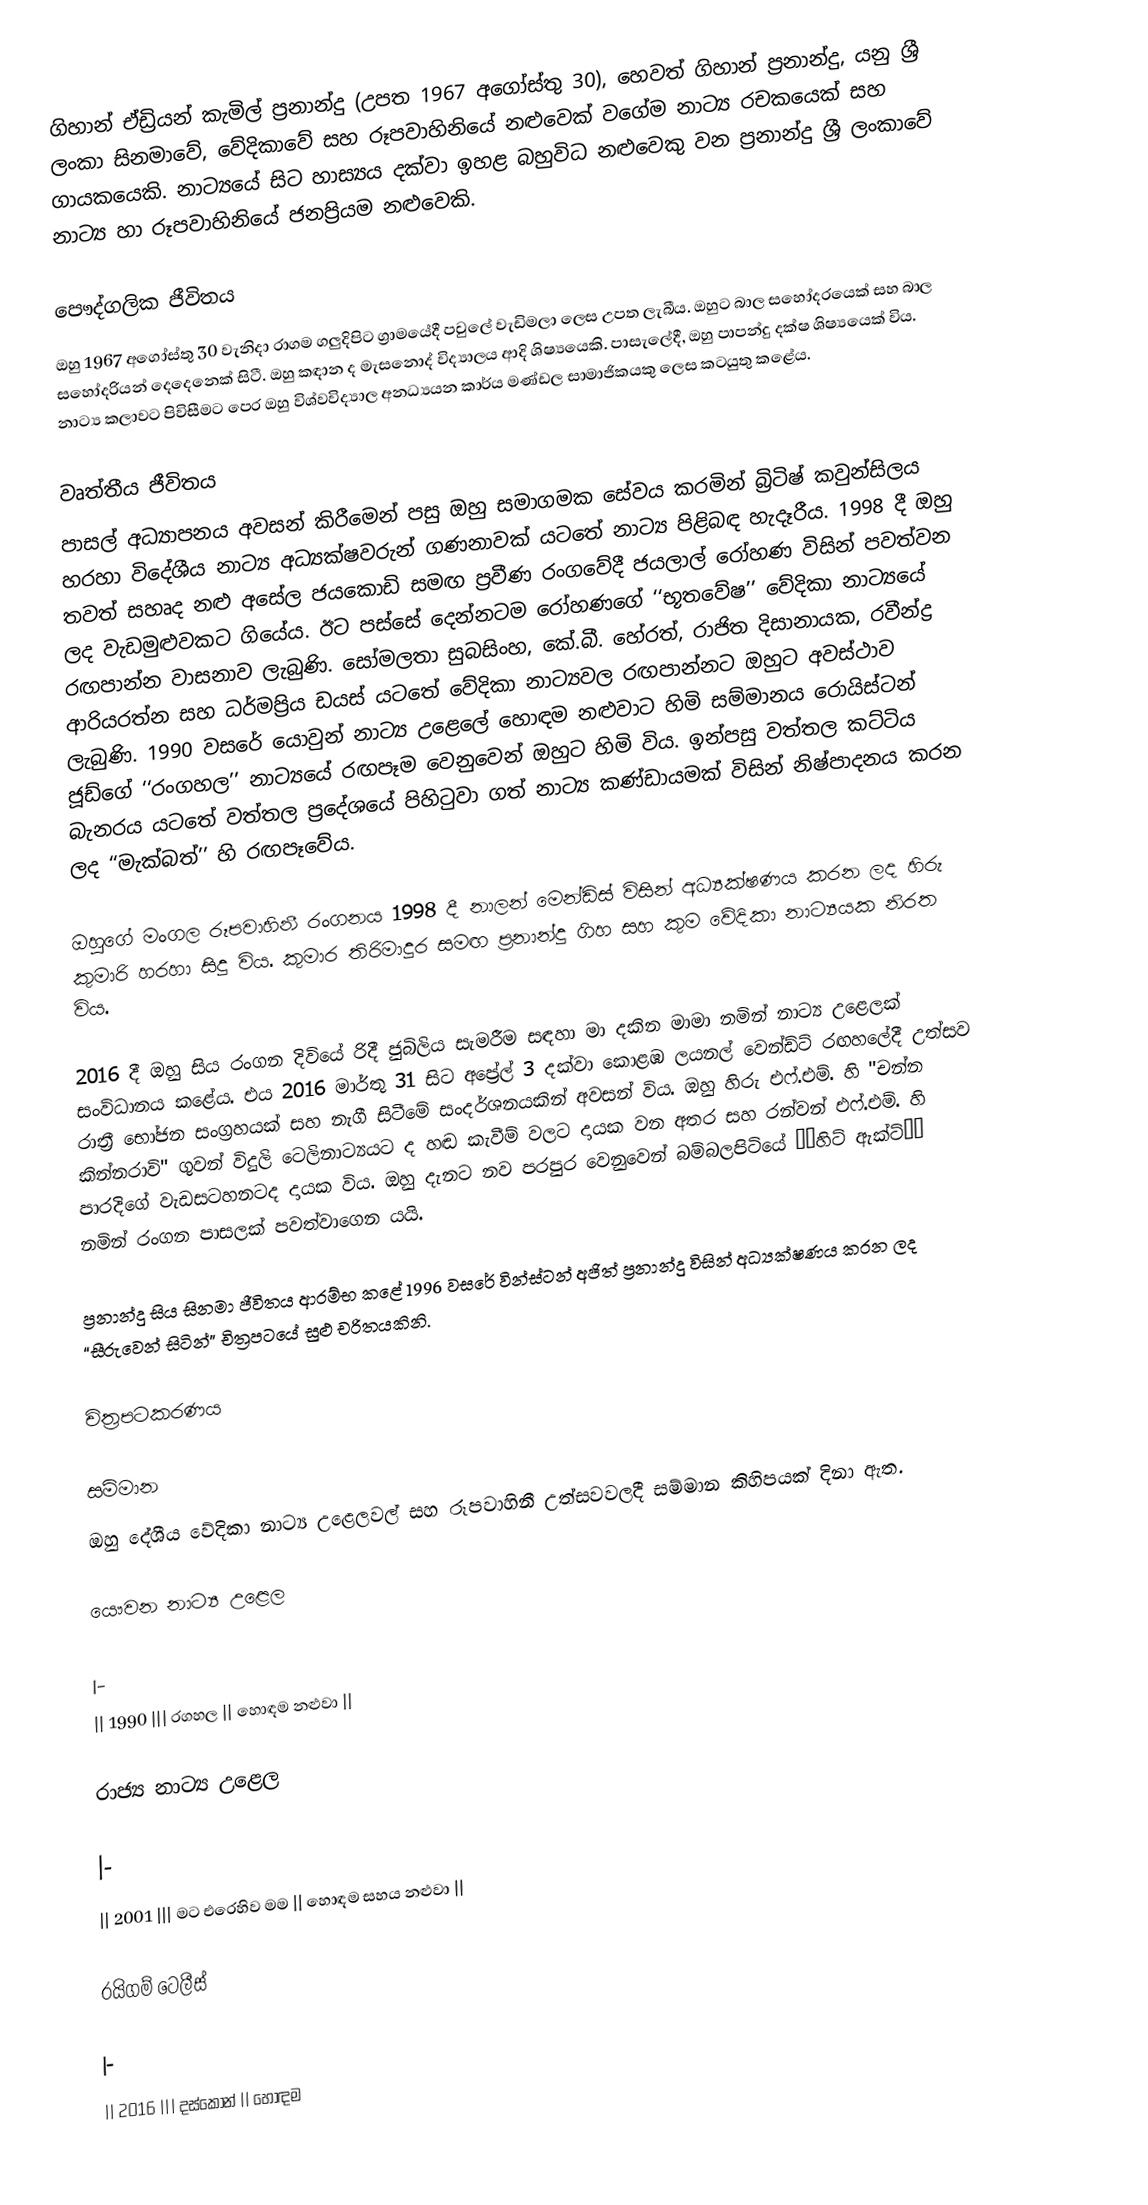
ගිහාන් ඒඩ්‍රියන් කැමිල් ප්‍රනාන්දු (උපත 1967 අගෝස්තු 30), හෙවත් ගිහාන් ප්‍රනාන්දු, යනු ශ්‍රී ලංකා සිනමාවේ, වේදිකාවේ සහ රූපවාහිනියේ නළුවෙක් වගේම නාට්‍ය රචකයෙක් සහ ගායකයෙකි. නාට්‍යයේ සිට හාස්‍යය දක්වා ඉහළ බහුවිධ නළුවෙකු වන ප්‍රනාන්දු ශ්‍රී ලංකාවේ නාට්‍ය හා රූපවාහිනියේ ජනප්‍රියම නළුවෙකි.

පෞද්ගලික ජීවිතය
ඔහු 1967 අගෝස්තු 30 වැනිදා රාගම ගලුදිපිට ග්‍රාමයේදී පවුලේ වැඩිමලා ලෙස උපත ලැබීය. ඔහුට බාල සහෝදරයෙක් සහ බාල සහෝදරියන් දෙදෙනෙක් සිටී. ඔහු කඳාන ද මැසනොද් විද්‍යාලය ආදි ශිෂ්‍යයෙකි. පාසැලේදී, ඔහු පාපන්දු දක්ෂ ශිෂ්‍යයෙක් විය. නාට්‍ය කලාවට පිවිසීමට පෙර ඔහු විශ්වවිද්‍යාල අනධ්‍යයන කාර්ය මණ්ඩල සාමාජිකයකු ලෙස කටයුතු කළේය.

වෘත්තීය ජීවිතය
පාසල් අධ්‍යාපනය අවසන් කිරීමෙන් පසු ඔහු සමාගමක සේවය කරමින් බ්‍රිටිෂ් කවුන්සිලය හරහා විදේශීය නාට්‍ය අධ්‍යක්ෂවරුන් ගණනාවක් යටතේ නාට්‍ය පිළිබඳ හැදෑරීය. 1998 දී ඔහු තවත් සහෘද නළු අසේල ජයකොඩි සමඟ ප්‍රවීණ රංගවේදී ජයලාල් රෝහණ විසින් පවත්වන ලද වැඩමුළුවකට ගියේය. ඊට පස්සේ දෙන්නටම රෝහණගේ ‘‘භූතවේෂ’’ වේදිකා නාට්‍යයේ රඟපාන්න වාසනාව ලැබුණි. සෝමලතා සුබසිංහ, කේ.බී. හේරත්, රාජිත දිසානායක, රවීන්ද්‍ර ආරියරත්න සහ ධර්මප්‍රිය ඩයස් යටතේ වේදිකා නාට්‍යවල රඟපාන්නට ඔහුට අවස්ථාව ලැබුණි. 1990 වසරේ යොවුන් නාට්‍ය උළෙලේ හොඳම නළුවාට හිමි සම්මානය රොයිස්ටන් ජූඩ්ගේ ‘‘රංගහල’’ නාට්‍යයේ රඟපෑම වෙනුවෙන් ඔහුට හිමි විය. ඉන්පසු වත්තල කට්‌ටිය බැනරය යටතේ වත්තල ප්‍රදේශයේ පිහිටුවා ගත් නාට්‍ය කණ්ඩායමක් විසින් නිෂ්පාදනය කරන ලද ‘‘මැක්බත්’’ හි රඟපෑවේය.

ඔහුගේ මංගල රූපවාහිනී රංගනය 1998 දී නාලන් මෙන්ඩිස් විසින් අධ්‍යක්ෂණය කරන ලද හිරු කුමාරි හරහා සිදු විය. කුමාර තිරිමාදුර සමඟ ප්‍රනාන්දු ගිහ සහ කුම වේදිකා නාට්‍යයක නිරත විය.

2016 දී ඔහු සිය රංගන දිවියේ රිදී ජුබිලිය සැමරීම සඳහා මා දකින මාමා නමින් නාට්‍ය උළෙලක් සංවිධානය කළේය. එය 2016 මාර්තු 31 සිට අප්‍රේල් 3 දක්වා කොළඹ ලයනල් වෙන්ඩ්ට් රඟහලේදී උත්සව රාත්‍රී භෝජන සංග්‍රහයක් සහ නැගී සිටීමේ සංදර්ශනයකින් අවසන් විය. ඔහු හිරු එෆ්.එම්. හි "චන්න කින්නරාවි" ගුවන් විදුලි ටෙලිනාට්‍යයට ද හඬ කැවීම් වලට දායක වන අතර සහ රන්වන් එෆ්.එම්. හි පාරදිගේ වැඩසටහනටද දායක විය. ඔහු දැනට නව පරපුර වෙනුවෙන් බම්බලපිටියේ ‘‘හිට් ඇක්ට්’’ නමින් රංගන පාසලක් පවත්වාගෙන යයි.

ප්‍රනාන්දු සිය සිනමා ජීවිතය ආරම්භ කළේ 1996 වසරේ වින්ස්ටන් අජිත් ප්‍රනාන්දු විසින් අධ්‍යක්ෂණය කරන ලද “සීරුවෙන් සිටින්” චිත්‍රපටයේ සුළු චරිතයකිනි.

චිත්‍රපටකරණය

සම්මාන
ඔහු දේශීය වේදිකා නාට්‍ය උළෙලවල් සහ රූපවාහිනී උත්සවවලදී සම්මාන කිහිපයක් දිනා ඇත.

යෞවන නාට්‍ය උළෙල

|-
|| 1990 ||| රගහල || හොඳම නළුවා ||

රාජ්‍ය නාට්‍ය උළෙල

|-
|| 2001 ||| මට එරෙහිව මම || හොඳම සහය නළුවා ||

රයිගම් ටෙලීස්

|-
|| 2016 ||| දස්කොන් || හොඳම